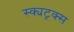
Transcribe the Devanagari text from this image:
स्क्यट्रक्स